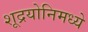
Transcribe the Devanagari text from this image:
शूद्रयोनिमध्ये